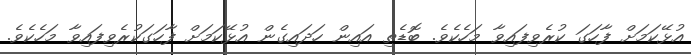
އުޅޭކަމަށް ފާހަގަ ކުރެވިފައިވާ މަހެކެވެ. ބޮޑެތި އައިން ހަދައިގެން އުޅޭކަމަށް ފާހަގަކުރެވިފައިވާ މަހެކެވެ.